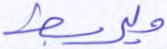
وليربط